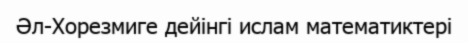
Әл-Хорезмиге дейінгі ислам математиктері